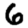
Digit: 6